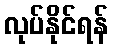
လုပ်နိုင်ရန်